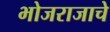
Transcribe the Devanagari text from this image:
भोजराजाचे